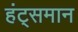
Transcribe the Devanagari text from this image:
हंट्समान